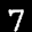
Label: 7